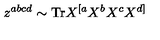
z ^ { a b c d } \sim \mathrm { T r } X ^ { [ a } X ^ { b } X ^ { c } X ^ { d ] }